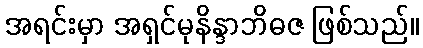
အရင်းမှာ အရှင်မုနိန္ဒာဘိဓဇ ဖြစ်သည်။